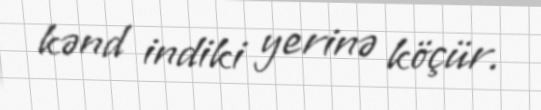
kənd indiki yerinə köçür.